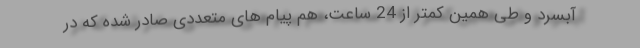
آبسرد و طی همین کمتر از 24 ساعت، هم پیام های متعددی صادر شده که در